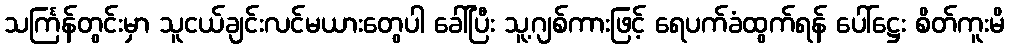
သင်္ကြန်တွင်းမှာ သူငယ်ချင်းလင်မယားတွေပါ ခေါ်ပြီး သူ့ဂျစ်ကားဖြင့် ရေပက်ခံထွက်ရန် ပေါ်ဋ္ဌေး စိတ်ကူးမိ